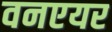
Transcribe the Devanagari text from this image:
वनएयर